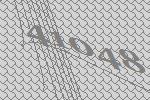
41048